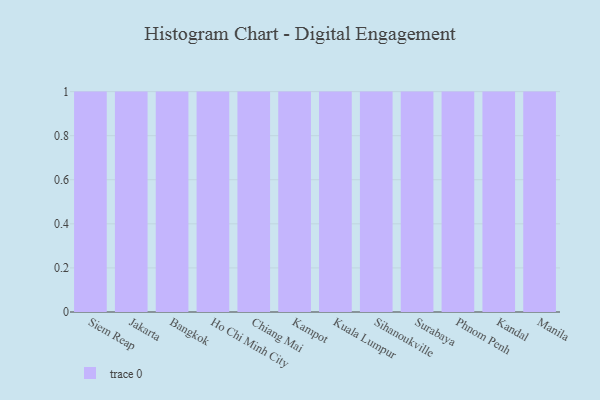
{"axis": {"x": "City", "y": "Gross Profit (USD K)"}, "legend": [""], "data": [{"x": "Siem Reap", "y": 47, "type": ""}, {"x": "Jakarta", "y": 66, "type": ""}, {"x": "Bangkok", "y": 32, "type": ""}, {"x": "Ho Chi Minh City", "y": 14, "type": ""}, {"x": "Chiang Mai", "y": 13, "type": ""}, {"x": "Kampot", "y": 2, "type": ""}, {"x": "Kuala Lumpur", "y": 20, "type": ""}, {"x": "Sihanoukville", "y": 2, "type": ""}, {"x": "Surabaya", "y": 34, "type": ""}, {"x": "Phnom Penh", "y": 16, "type": ""}, {"x": "Kandal", "y": 25, "type": ""}, {"x": "Manila", "y": 56, "type": ""}]}